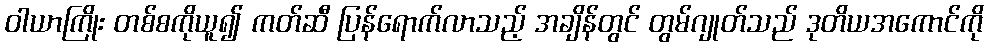
ဝါယာကြိုး တစ်စကိုယူ၍ ကတ်ဆီ ပြန်ရောက်လာသည့် အချိန်တွင် တွမ်ဂျုတ်သည် ဒုတိယအကောင်ကို